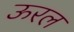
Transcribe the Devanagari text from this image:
ऊरल